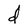
Character: d